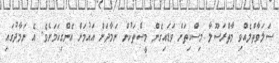
ޞަލަވާތްލެއްވި މާތްރަސޫލާ މިސްކިތަށް ވަޑައިގެން މީސްތަކުން ނަމާދަށް އައުމަށް އެންގިކަމަށެވެ. އެ ނަމާދުގައި